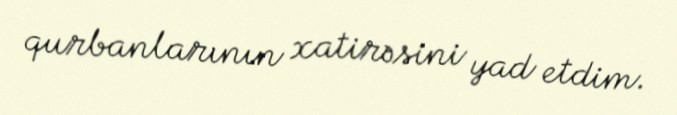
qurbanlarının xatirəsini yad etdim.